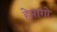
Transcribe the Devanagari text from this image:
हेमांगो